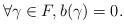
LaTeX: \begin{align*}\forall \gamma \in F, b(\gamma)=0.\end{align*}